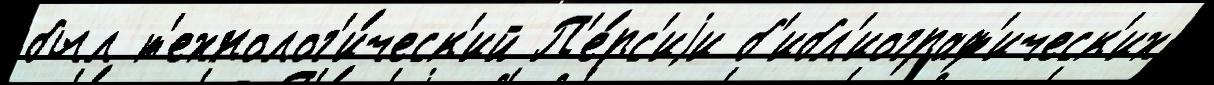
был т'ехнолог'и́ческ'ий П'е́рс'иjи б'ибл'иограф'ическ'их